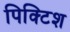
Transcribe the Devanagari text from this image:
पिक्टिश